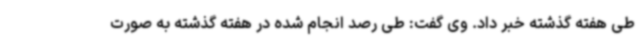
طی هفته گذشته خبر داد. وی گفت: طی رصد انجام شده در هفته گذشته به صورت